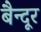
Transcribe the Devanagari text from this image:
बैन्दूर